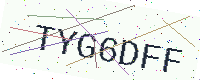
Text: TYG6DFF